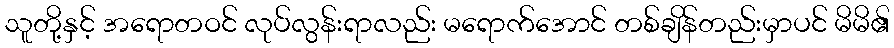
သူတို့နှင့် အရောတဝင် လုပ်လွန်းရာလည်း မရောက်အောင် တစ်ချိန်တည်းမှာပင် မိမိ၏